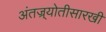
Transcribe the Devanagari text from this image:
अंतज्र्योतीसारखी